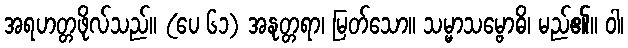
အရဟတ္တဖိုလ်သည်။ (ပေ ၆၁) အနုတ္တရာ၊ မြတ်သော။ သမ္မာသမ္ဗောဓိ၊ မည်၏။ ဝါ၊